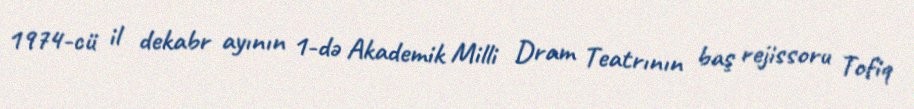
1974-cü il dekabr ayının 1-də Akademik Milli Dram Teatrının baş rejissoru Tofiq